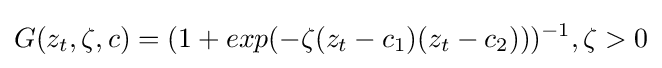
G(z_{t},\zeta ,c)=(1+exp(-\zeta (z_{t}-c_{1})(z_{t}-c_{2})))^{-1},\zeta >0